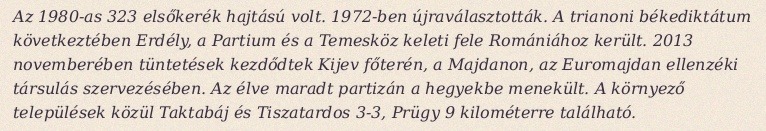
Az 1980-as 323 elsőkerék hajtású volt. 1972-ben újraválasztották. A trianoni békediktátum következtében Erdély, a Partium és a Temesköz keleti fele Romániához került. 2013 novemberében tüntetések kezdődtek Kijev főterén, a Majdanon, az Euromajdan ellenzéki társulás szervezésében. Az élve maradt partizán a hegyekbe menekült. A környező települések közül Taktabáj és Tiszatardos 3-3, Prügy 9 kilométerre található.